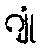
ဂျုံ